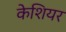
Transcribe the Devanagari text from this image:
केशियर